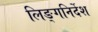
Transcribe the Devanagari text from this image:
लिङ्गनिर्देश